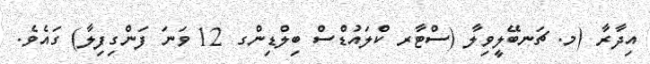
އިދާރާ (މ. ޗަނބޭލީވިލާ (ސްޓާރ ކްލައުޑްސް ބިލްޑިންގ 12 ވަނަ ފަންގިފިލާ) ގައެވެ.